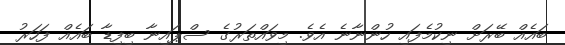
ބައެއް ބޭރަށް ނިކުމެފައި ހުންނާނެ އެވެ. މިވައްތަރުގެ ސްޕައިނާ ބިފިޑާ ބައެއް ފަހަރު